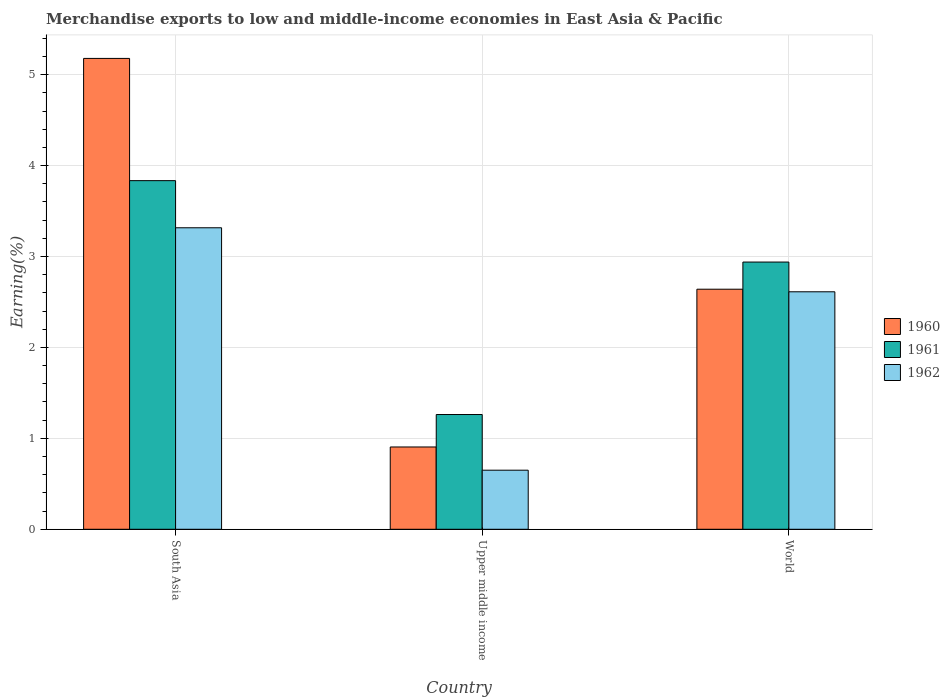
| Country | 1960 | 1961 | 1962 |
 | --- | --- | --- | --- |
 | South Asia | 5.18 | 3.83 | 3.32 |
 | Upper middle income | 0.905 | 1.26 | 0.65 |
 | World | 2.64 | 2.94 | 2.61 |